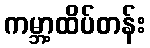
ကမ္ဘာ့ထိပ်တန်း